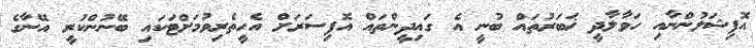
އޮފިޝަލުންނާއި ހަވާލާދީ ޚަބަރުތައް ބުނީ އެ ގައިދީންތައް އޮފިސަރަށް އެހީތެރިވުމަށްޓަކައި ބޭނުންކުރީ އޭނާގެ